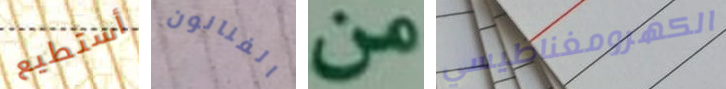
أستطيع الفنانون من الكهرومغناطيسي